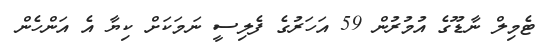
ޓެމިލް ނާޑޫގެ އުމުރުން 59 އަހަރުގެ ފެލިސީ ނަމަކަށް ކިޔާ އެ އަންހެން